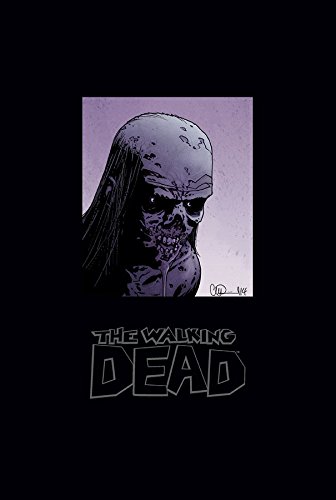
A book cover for The Walking Dead Omnibus Volume 5; Robert Kirkman; Comics & Graphic Novels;